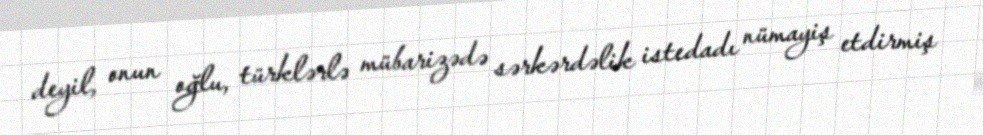
deyil, onun oğlu, türklərlə mübarizədə sərkərdəlik istedadı nümayiş etdirmiş